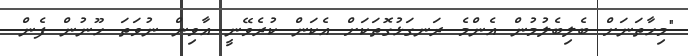
"މިހާތަނަށް ބެލިބެލުމުން އެންމެ ރަނގަޅުގޮތަކަށް އެކަން ކުރެވޭނީ އާވިން ނުވަތަ ހޫނުން ފެން